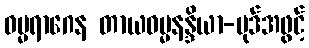
ဓမ္မရာဂေန တာယဓမ္မနန္ဒိယာ-ပုဒ်အဖွင့်